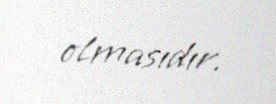
olmasıdır.